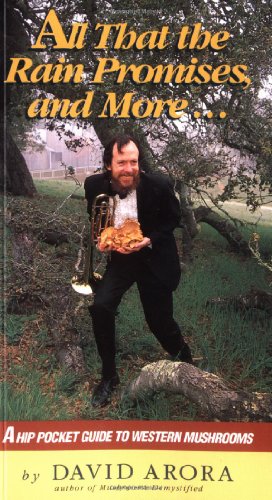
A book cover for All That the Rain Promises and More: A Hip Pocket Guide to Western Mushrooms; David Arora; Science & Math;